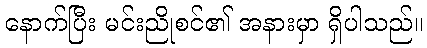
နောက်ပြီး မင်းညိုစင်၏ အနားမှာ ရှိပါသည်။